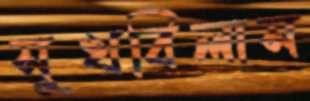
সুখবিলাস